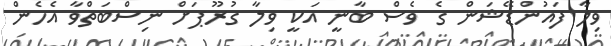
ވިލާ ފައުންޑޭޝަން ގެ ވެސް ބާނީ އަކީ ވިލާ ގުރޫޕަށް ނިސްބަތްވާ އެހެން